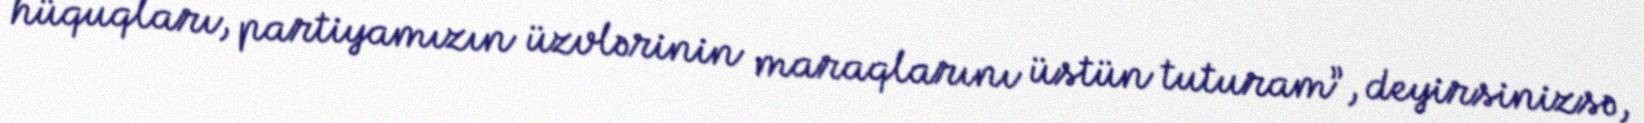
hüquqları, partiyamızın üzvlərinin maraqlarını üstün tuturam”, deyirsinizsə,